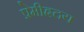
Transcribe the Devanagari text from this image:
प्रेमीहृदय